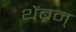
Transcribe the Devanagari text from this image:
थेंबन्